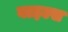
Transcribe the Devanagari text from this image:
वाइल्स